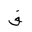
Letter: _qaf